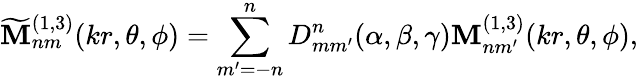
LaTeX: \mathbf{\widetilde{M}}_{nm}^{(1,3)}(kr,\theta,\phi)=\sum_{m^{\prime}=-n}^{n}D_{mm^{\prime}}^{n}(\alpha,\beta,\gamma)\mathbf{M}_{nm^{\prime}}^{(1,3)}(kr,\theta,\phi),